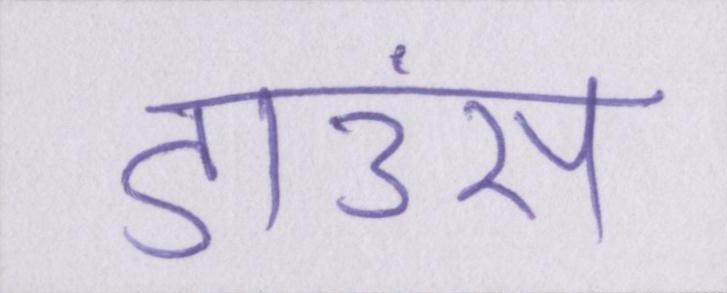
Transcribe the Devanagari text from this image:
डाउंस